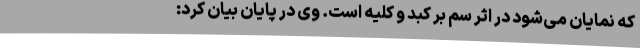
که نمایان می‌شود در اثر سم بر کبد و کلیه است. وی در پایان بیان کرد: